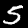
Digit: 5